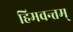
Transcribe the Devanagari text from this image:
हिमवन्तम्